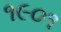
૧૯૦૧